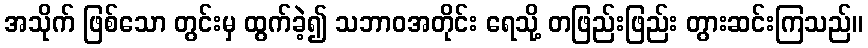
အသိုက် ဖြစ်သော တွင်းမှ ထွက်ခဲ့၍ သဘာဝအတိုင်း ရေသို့ တဖြည်းဖြည်း တွားဆင်းကြသည်။